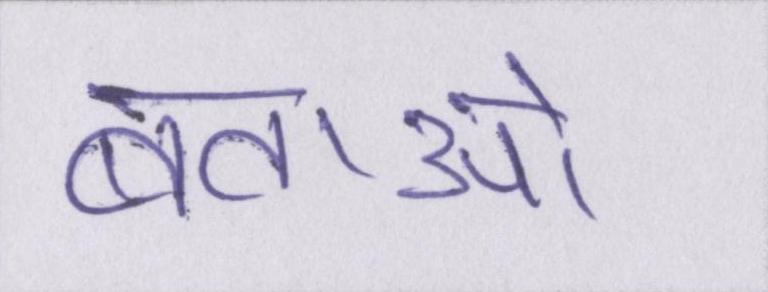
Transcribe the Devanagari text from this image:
बताओ